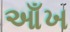
આઁખ